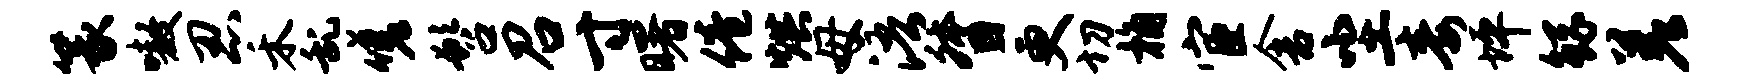
篆嗷忍禾乱嗟髫召寸曙倦烘母浯督更切桷宦舍尘毒坪鲧差